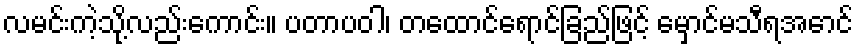
လမင်းကဲ့သို့လည်းကောင်း။ ပတာပဝါ၊ တထောင်ရောင်ခြည်ဖြင့် မှောင်မသီရအောင်